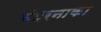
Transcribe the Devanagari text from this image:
बंदरनाका